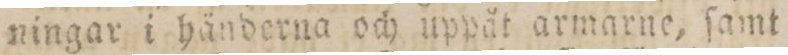
ningar i händerna och uppåt armarne, ſamt